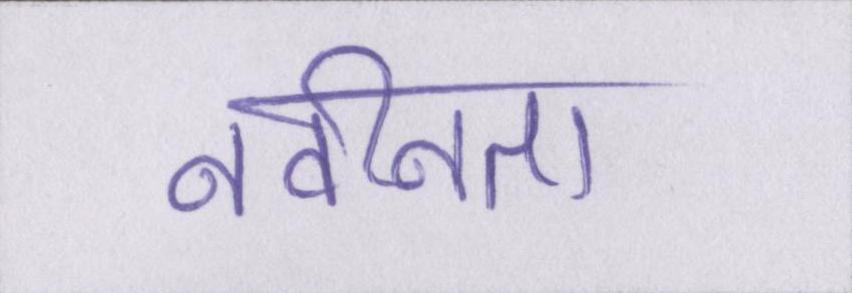
नवीनता